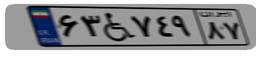
۶۳W۷۴۹۸۷